Civil Veterinary Dept. Bombay admin report 1907-1913 - 1907-1913
Year: 1907
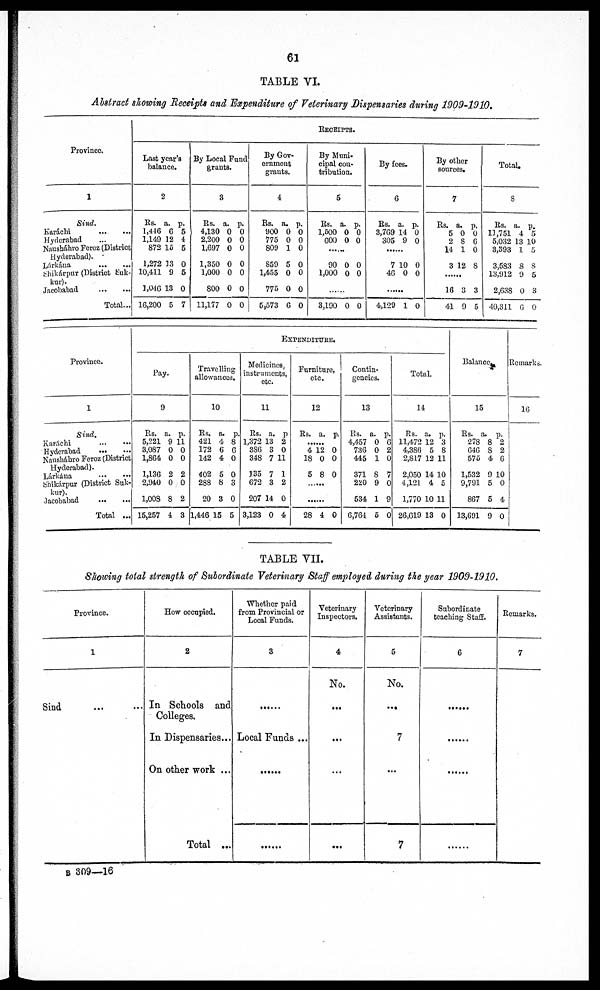
61
TABLE VI.
Abstract showing Receipts and Expenditure of Veterinary Dispensaries during 1909-1910.
Province.
1
Sind.
Karáchi ... ...
Hyderabad ...
Nausháhro Feroz (District
Hyderabad).
Lárkána
...
...
Shikárpur (District Suk-
kur).
Jacobabad
...
...
Total...
RECEIPTS.
Last year's
balance.
2
Rs.
1,446
1,149
872
1,272 1
10,411
1,046
16,200
a.
6
12
15
3
9
13
5
p.
5
4
5
0
5
0
7
By Local Fund
grants.
3
Rs.
4,130
2,200
1,697
1,350
1,000
800
11,177
a.
0
0
0
0
0
0
0
p.
0
0
0
0
0
0
0
By Gov-
ernment
grants.
4
Rs.
900
775
809
859
1,455
775
5,573
a.
0
0
1
5
0
0
6
p.
0
0
0
0
0
0
0
By Muni-
cipal con
tribution.
5
Rs.
1,500
600
90
1,000
......
3,190
a.
0
0
0
0
0
p.
0
0
0
0
0
By fees.
6
Rs.
3,769
305
7
46
......
4,129
a.
14
9
10
0
1
p.
0
0
0
0
0
By other
sources.
7
Rs.
5
2
14
3 1
......
16
41
a.
0
8
1
2
3
9
p.
0
6
0
8
3
5
Total.
8
Rs.
11,751
5,032
3,393
3,583
13,912
2,638
40,311
a.
4
13
1
8
9
0
6
p.
5
10
5
8
5
3
0
Province.
1
Sind.
Karáchi ... ...
Hyderabad
Nausháhro Feroz (District
Hyderabad).
Lárkána
...
...
Shikárpur (District Suk-
kur).
Jacobabad
...
...
Total ...
EXPENDITURE.
Pay.
9
Rs.
5,221
3,087
1,864
1,136
2,940
1,008
15,257
a.
9
0
0
2
0
8
4
p.
11
0
0
2
0
2
3
Travelling
allowances.
10
Rs.
421
172
142
402
288
20
1,446
a.
4
6
4
5
8
3
15
p.
8
6
0
0
3
0
5
Medicines
instruments,
etc.
11
Rs.
1,372
386
348
135
672
207
3,123
a.
13
3
7
7
3
14
0
p.
2
0
11
1
2
0
4
Furniture
etc.
12
Rs.
......
4
18
5
......
......
28
a.
12
0
8
4
p.
0
0
0
0
Contin-
gencies.
13
Rs.
4,457
736
445
371
220
534
6,764
a.
0
0
1
8
9
1
5
p.
6
2
0
7
0
9
0
Total.
14
Rs.
11,472
4,386
2,817
2,050
4,121
1,770
26,619
a.
12
5
12
14
4
10
13
p.
3
8
11
10
5
11
0
Balance
15
Rs.
278
646
575
1,532
9,791
867
13,691
a.
8
8
4
9
5
5
9
p.
2
2
6
10
0
4
0
Remarks.
16
TABLE VII.
Showing total strength of Subordinate Veterinary Staff employed during the year 1909-1910.
Province.
1
Sind ... ...
How occupied.
2
In Schools and
Colleges.
In Dispensaries ...
On other work ...
Total ...
Whether paid
from Provincial or
Local Funds.
3
.....
Local Funds ...
.....
.....
Veterinary
Inspectors.
4
No.
...
...
...
...
Veterinary
Assistants.
5
No.
...
7
...
7
Subordinate
teaching Staff.
6
.....
.....
.....
.....
.....
Remarks.
7
B 309—16